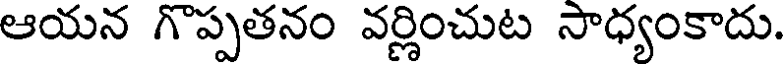
ఆయన గొప్పతనం వర్ణించుట సాధ్యంకాదు.